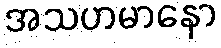
အသဟမာနော